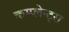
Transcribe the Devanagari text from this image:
कम्प्लेन्ट्स